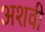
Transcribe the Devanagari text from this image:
अशवी